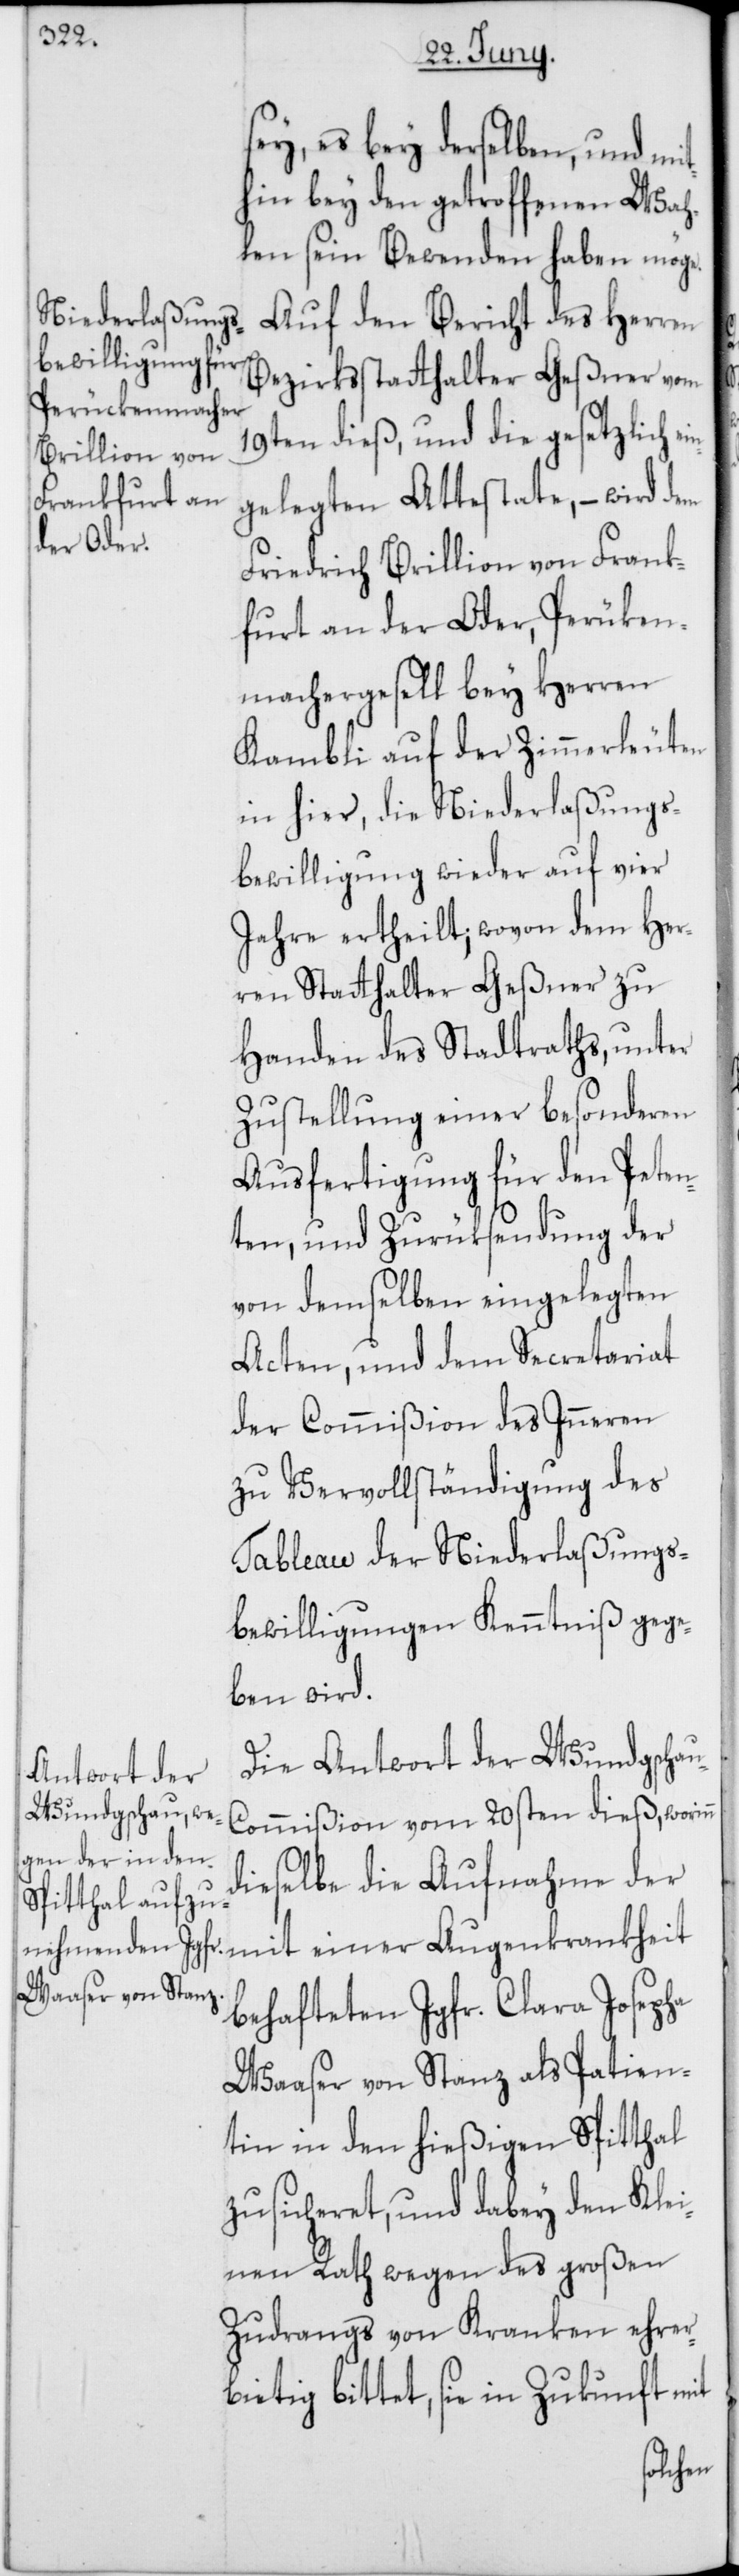
sey, es bey derselben, und mit¬
hin bey den getroffenen Wah¬
len sein Bewenden haben möge.
Auf den Bericht des Herren
Bezirksstatthalter Geßner vom
19ten dieß, und die gesetzlich ei¬
ngelegten Attestate, – wird dem
Friedrich Brillion von Frank¬
furt an der Oder, Perücken¬
machergesell bey Herren
Kambli auf der Zimmerleuten
in hier, die Niederlaßungs¬
bewilligung wieder auf vier
Jahre ertheilt, wovon dem Her¬
ren Stathalter Geßner zu
Handen des Stadtraths, unter
Zustellung einer besonderen
Ausfertigung für den Peten¬
ten, und Zurüksendung der
von demselben eingelegten
Acten, und dem Secretariat
der Commißion des Inneren
zu Vervollständigung des
Tableau der Niederlaßungs¬
bewilligungen Kenntniß gege¬
ben wird.
Die Antwort der Wundgscha¬
u-Commißion vom 20sten dieß, worinn
dieselbe die Aufnahme der
behafteten Jgfr. Clara Josepha
Waaser von Stanz als Patien¬
tin in den hießigen Spitthal
zusicheret, und dabey den Klei¬
nen Rath wegen des großen
Zudrangs von Kranken ehrer¬
bietig bittet, sie in Zukunft mit